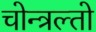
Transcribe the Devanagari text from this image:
चोन्त्रल्तो